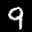
Label: 9